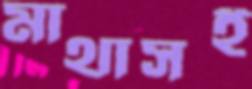
মাথাসই